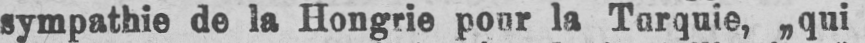
sympathie de la Hongrie pour la Turquie, „qui